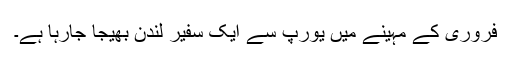
فروری کے مہینے میں یورپ سے ایک سفیر لندن بھیجا جارہا ہے۔